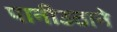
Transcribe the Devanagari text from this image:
पानीउठाने